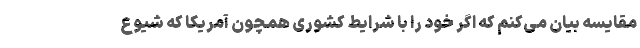
مقایسه بیان می‌کنم که اگر خود را با شرایط کشوری همچون آمریکا که شیوع